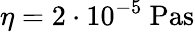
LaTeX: \eta=2\cdot 10^{-5}\textrm{~Pas}